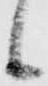
候